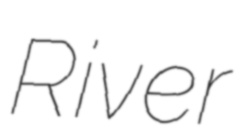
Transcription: River